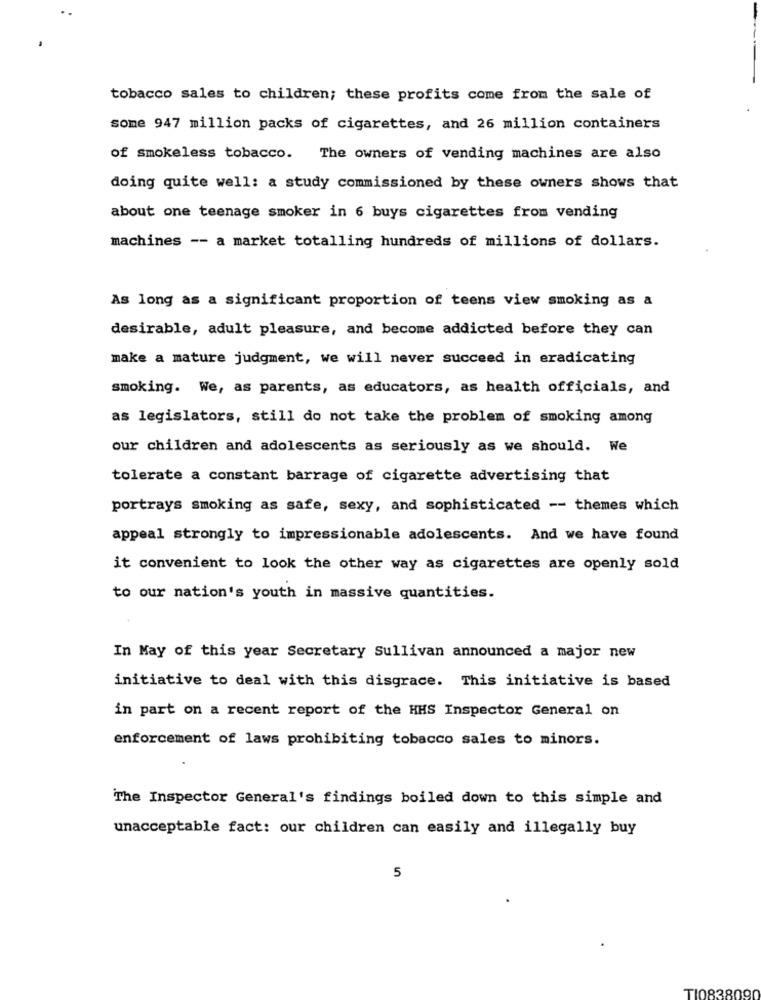
tobacco sales to children; these profits come from the sale of
some 947 million packs of cigarettes, and 26 million containers
of smokeless tobacco. The owners of vending machines are also
doing quite well: a study commissioned by these owners shows that
about one teenage smoker in 6 buys cigarettes from vending
machines -- a market totalling hundreds of millions of dollars.
As long as a significant proportion of teens view smoking as a
desirable, adult pleasure, and become addicted before they can
make a mature judgment, we will never succeed in eradicating
smoking. We, as parents, as educators, as health officials, and
as legislators, still do not take the problem of smoking among
our children and adolescents as seriously as we should. We
tolerate a constant barrage of cigarette advertising that
portrays smoking as safe, sexy, and sophisticated -- themes which
appeal strongly to impressionable adolescents. And we have found
it convenient to look the other way as cigarettes are openly sold
to our nation's youth in massive quantities.
In May of this year Secretary Sullivan announced a major new
initiative to deal with this disgrace. This initiative is based
in part on a recent report of the HHS Inspector General on
enforcement of laws prohibiting tobacco sales to minors.
The Inspector General's findings boiled down to this simple and
unacceptable fact: our children can easily and illegally buy
5
TI0838090